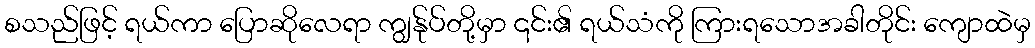
စသည်ဖြင့် ရယ်ကာ ပြောဆိုလေရာ ကျွန်ုပ်တို့မှာ ၎င်း၏ ရယ်သံကို ကြားရသောအခါတိုင်း ကျောထဲမှ